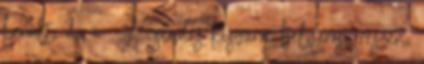
került, de a . A csendes kisváros belvárosi részén,